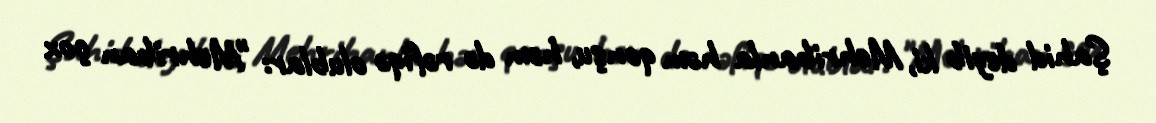
Şahid deyib ki, Mehribanla həm qonşu, həm də rəfiqə olublar: "Mehriban çox